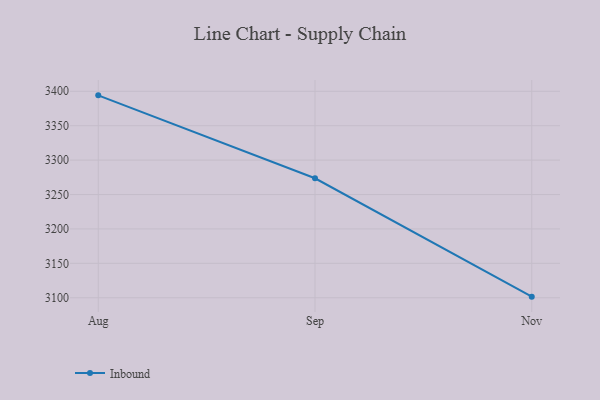
{"axis": {"x": "Month", "y": "Satisfaction Score"}, "legend": ["Inbound"], "data": [{"x": "Aug", "y": 3394.1, "type": "Inbound"}, {"x": "Sep", "y": 3273.6, "type": "Inbound"}, {"x": "Nov", "y": 3101.6, "type": "Inbound"}]}